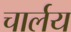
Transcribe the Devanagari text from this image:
चार्लय